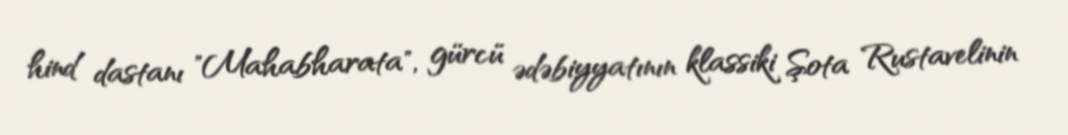
hind dastanı "Mahabharata", gürcü ədəbiyyatının klassiki Şota Rustavelinin